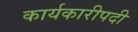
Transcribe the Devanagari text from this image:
कार्यकारीपदी